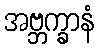
အဗ္ဘက္ခာနံ